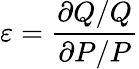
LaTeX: \varepsilon={\frac{\partial Q/Q}{\partial P/P}}